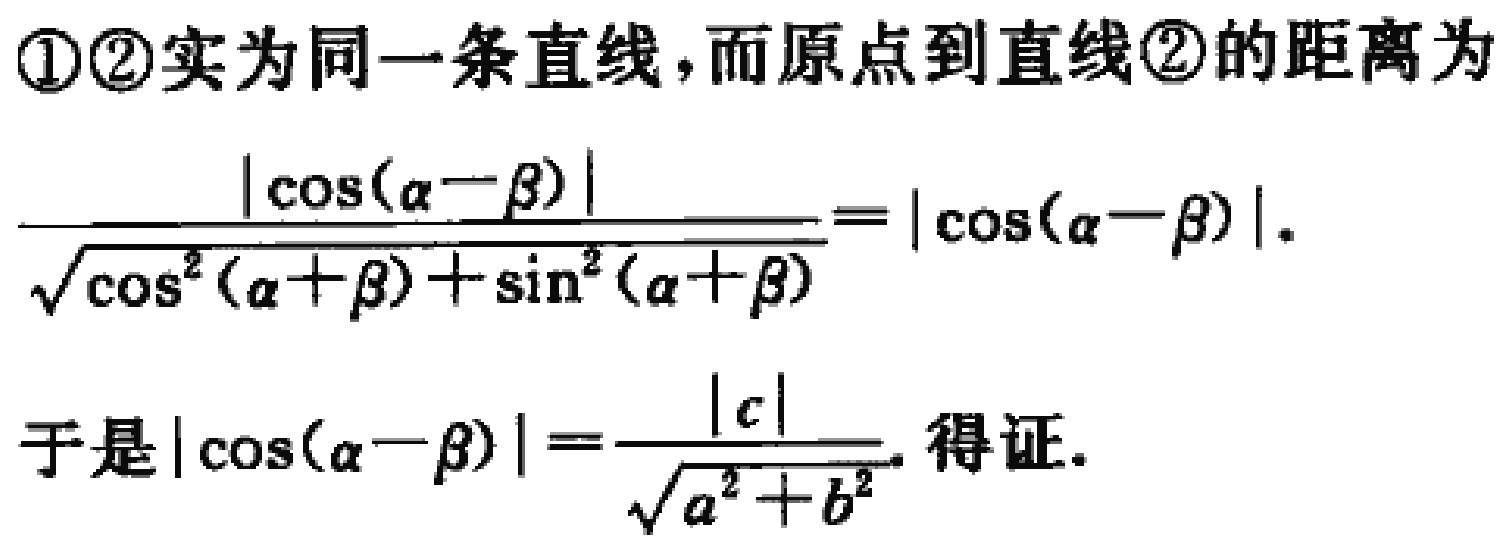
\textcircled{1}\textcircled{2}实为同一条直线,而原点到直线\textcircled{2}的距离为
\(\frac{|\cos(\alpha - \beta)|}{\sqrt{\cos^{2}(\alpha + \beta)+\sin^{2}(\alpha + \beta)}}=|\cos(\alpha - \beta)|\).
于是\(|\cos(\alpha - \beta)|=\frac{|c|}{\sqrt{a^{2}+b^{2}}}\). 得证.